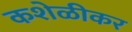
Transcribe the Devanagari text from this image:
कशेळीकर